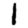
Digit: 1